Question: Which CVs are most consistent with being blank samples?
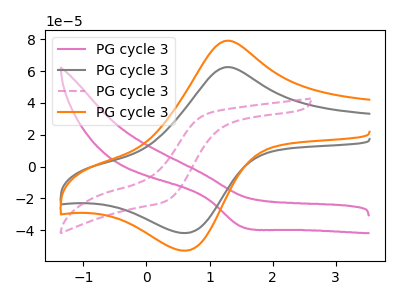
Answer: <think>The pink curve "PG cycle 31" has a cathodic peak at: (1.50V, -37.55uA). The gray curve "PG cycle 32" has an anodic peak at (1.25V, 62.40uA) and a cathodic peak at (0.65V, -41.65uA). The pink dashed curve "PG cycle 33" has no peaks. The orange curve "PG cycle 34" has an anodic peak at (1.25V, 78.95uA) and a cathodic peak at (0.65V, -52.70uA).</think>
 <answer>"PG cycle 33" is likely to be a blank.</answer>
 <eval>PG cycle 33</eval>